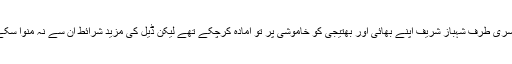
دوسری طرف شہباز شریف اپنے بھائی اور بھتیجی کو خاموشی پر تو آمادہ کرچکے تھے لیکن ڈیل کی مزید شرائط ان سے نہ منوا سکے ۔